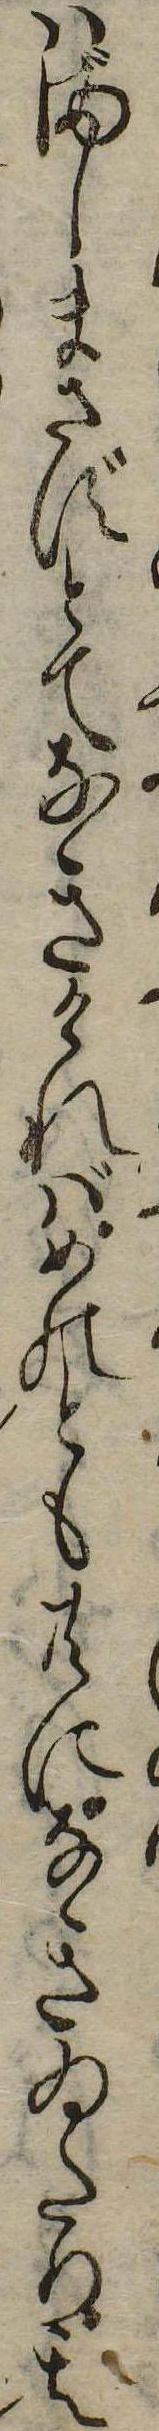
はましまさずとてなきければめのとも共になきゐたり其